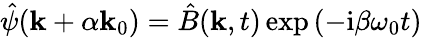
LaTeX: \hat{\psi}(\mathbf{k}+\alpha\mathbf{k}_{0})=\hat{B}(\mathbf{k},t)\exp{(-\mathrm{i}\beta\omega_{0}t)}